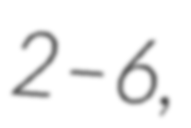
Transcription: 2–6,